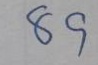
89